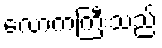
လောကကြီးသည်